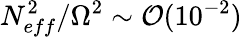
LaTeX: N_{eff}^{2}/\Omega^{2}\sim\mathcal{O}(10^{-2})